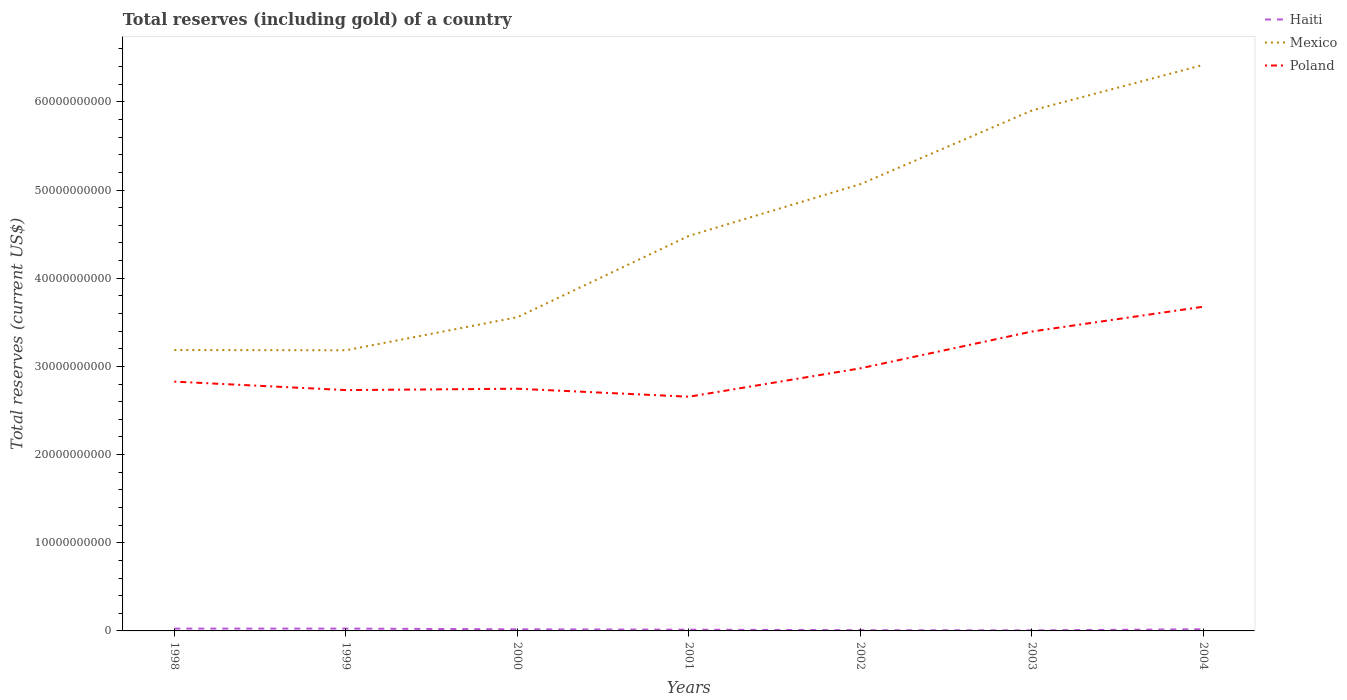
| Years | Haiti | Mexico | Poland |
 | --- | --- | --- | --- |
 | 1998 | 2.64e+08 | 3.19e+10 | 2.83e+10 |
 | 1999 | 2.64e+08 | 3.18e+10 | 2.73e+10 |
 | 2000 | 1.83e+08 | 3.56e+10 | 2.75e+10 |
 | 2001 | 1.42e+08 | 4.48e+10 | 2.66e+10 |
 | 2002 | 8.22e+07 | 5.07e+10 | 2.98e+10 |
 | 2003 | 6.26e+07 | 5.9e+10 | 3.4e+10 |
 | 2004 | 1.89e+08 | 6.42e+10 | 3.68e+10 |